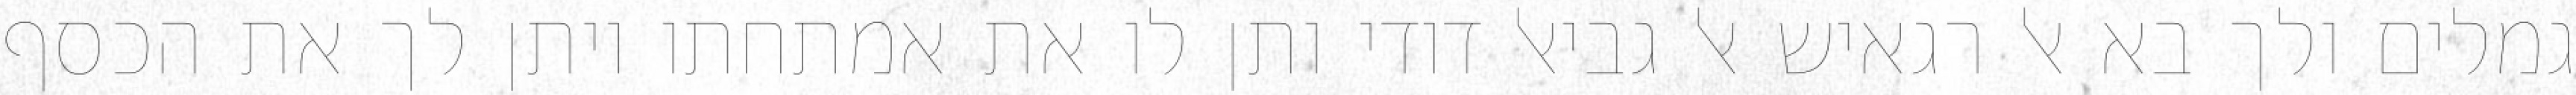
גמלים ולך בא אל רגאיש אל גביאל דודי ותן לו את אמתחתו ויתן לך את הכסף